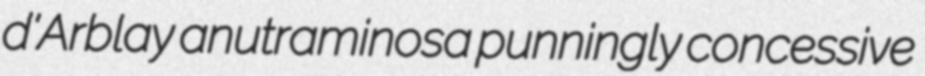
d'Arblay anutraminosa punningly concessive